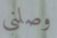
وصلني